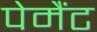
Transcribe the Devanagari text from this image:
पेमैंट